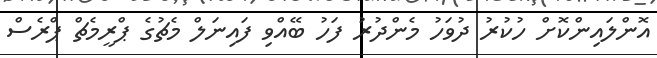
އޮންލައިންކޮށް ހުކުރު ދުވަހު މެންދުރު ފަހު ބޭއްވި ފައިނަލް މެޗުގެ ޕްރީމެޗް ޕްރެސް